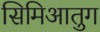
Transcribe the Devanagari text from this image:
सिमिआतुग